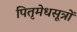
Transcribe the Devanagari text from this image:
पितृमेधसूत्रों